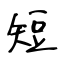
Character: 短